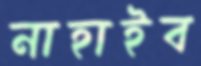
নাহাইব